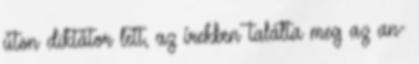
úton diktátor lett, az írekben találta meg az an-